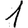
Digit: 1